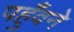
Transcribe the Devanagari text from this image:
पहुँवने